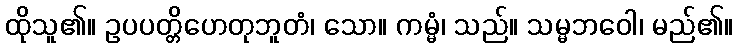
ထိုသူ၏။ ဥပပတ္တိဟေတုဘူတံ၊ သော။ ကမ္မံ၊ သည်။ သမ္မဘဝေါ၊ မည်၏။